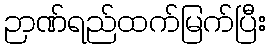
ဉာဏ်ရည်ထက်မြက်ပြီး